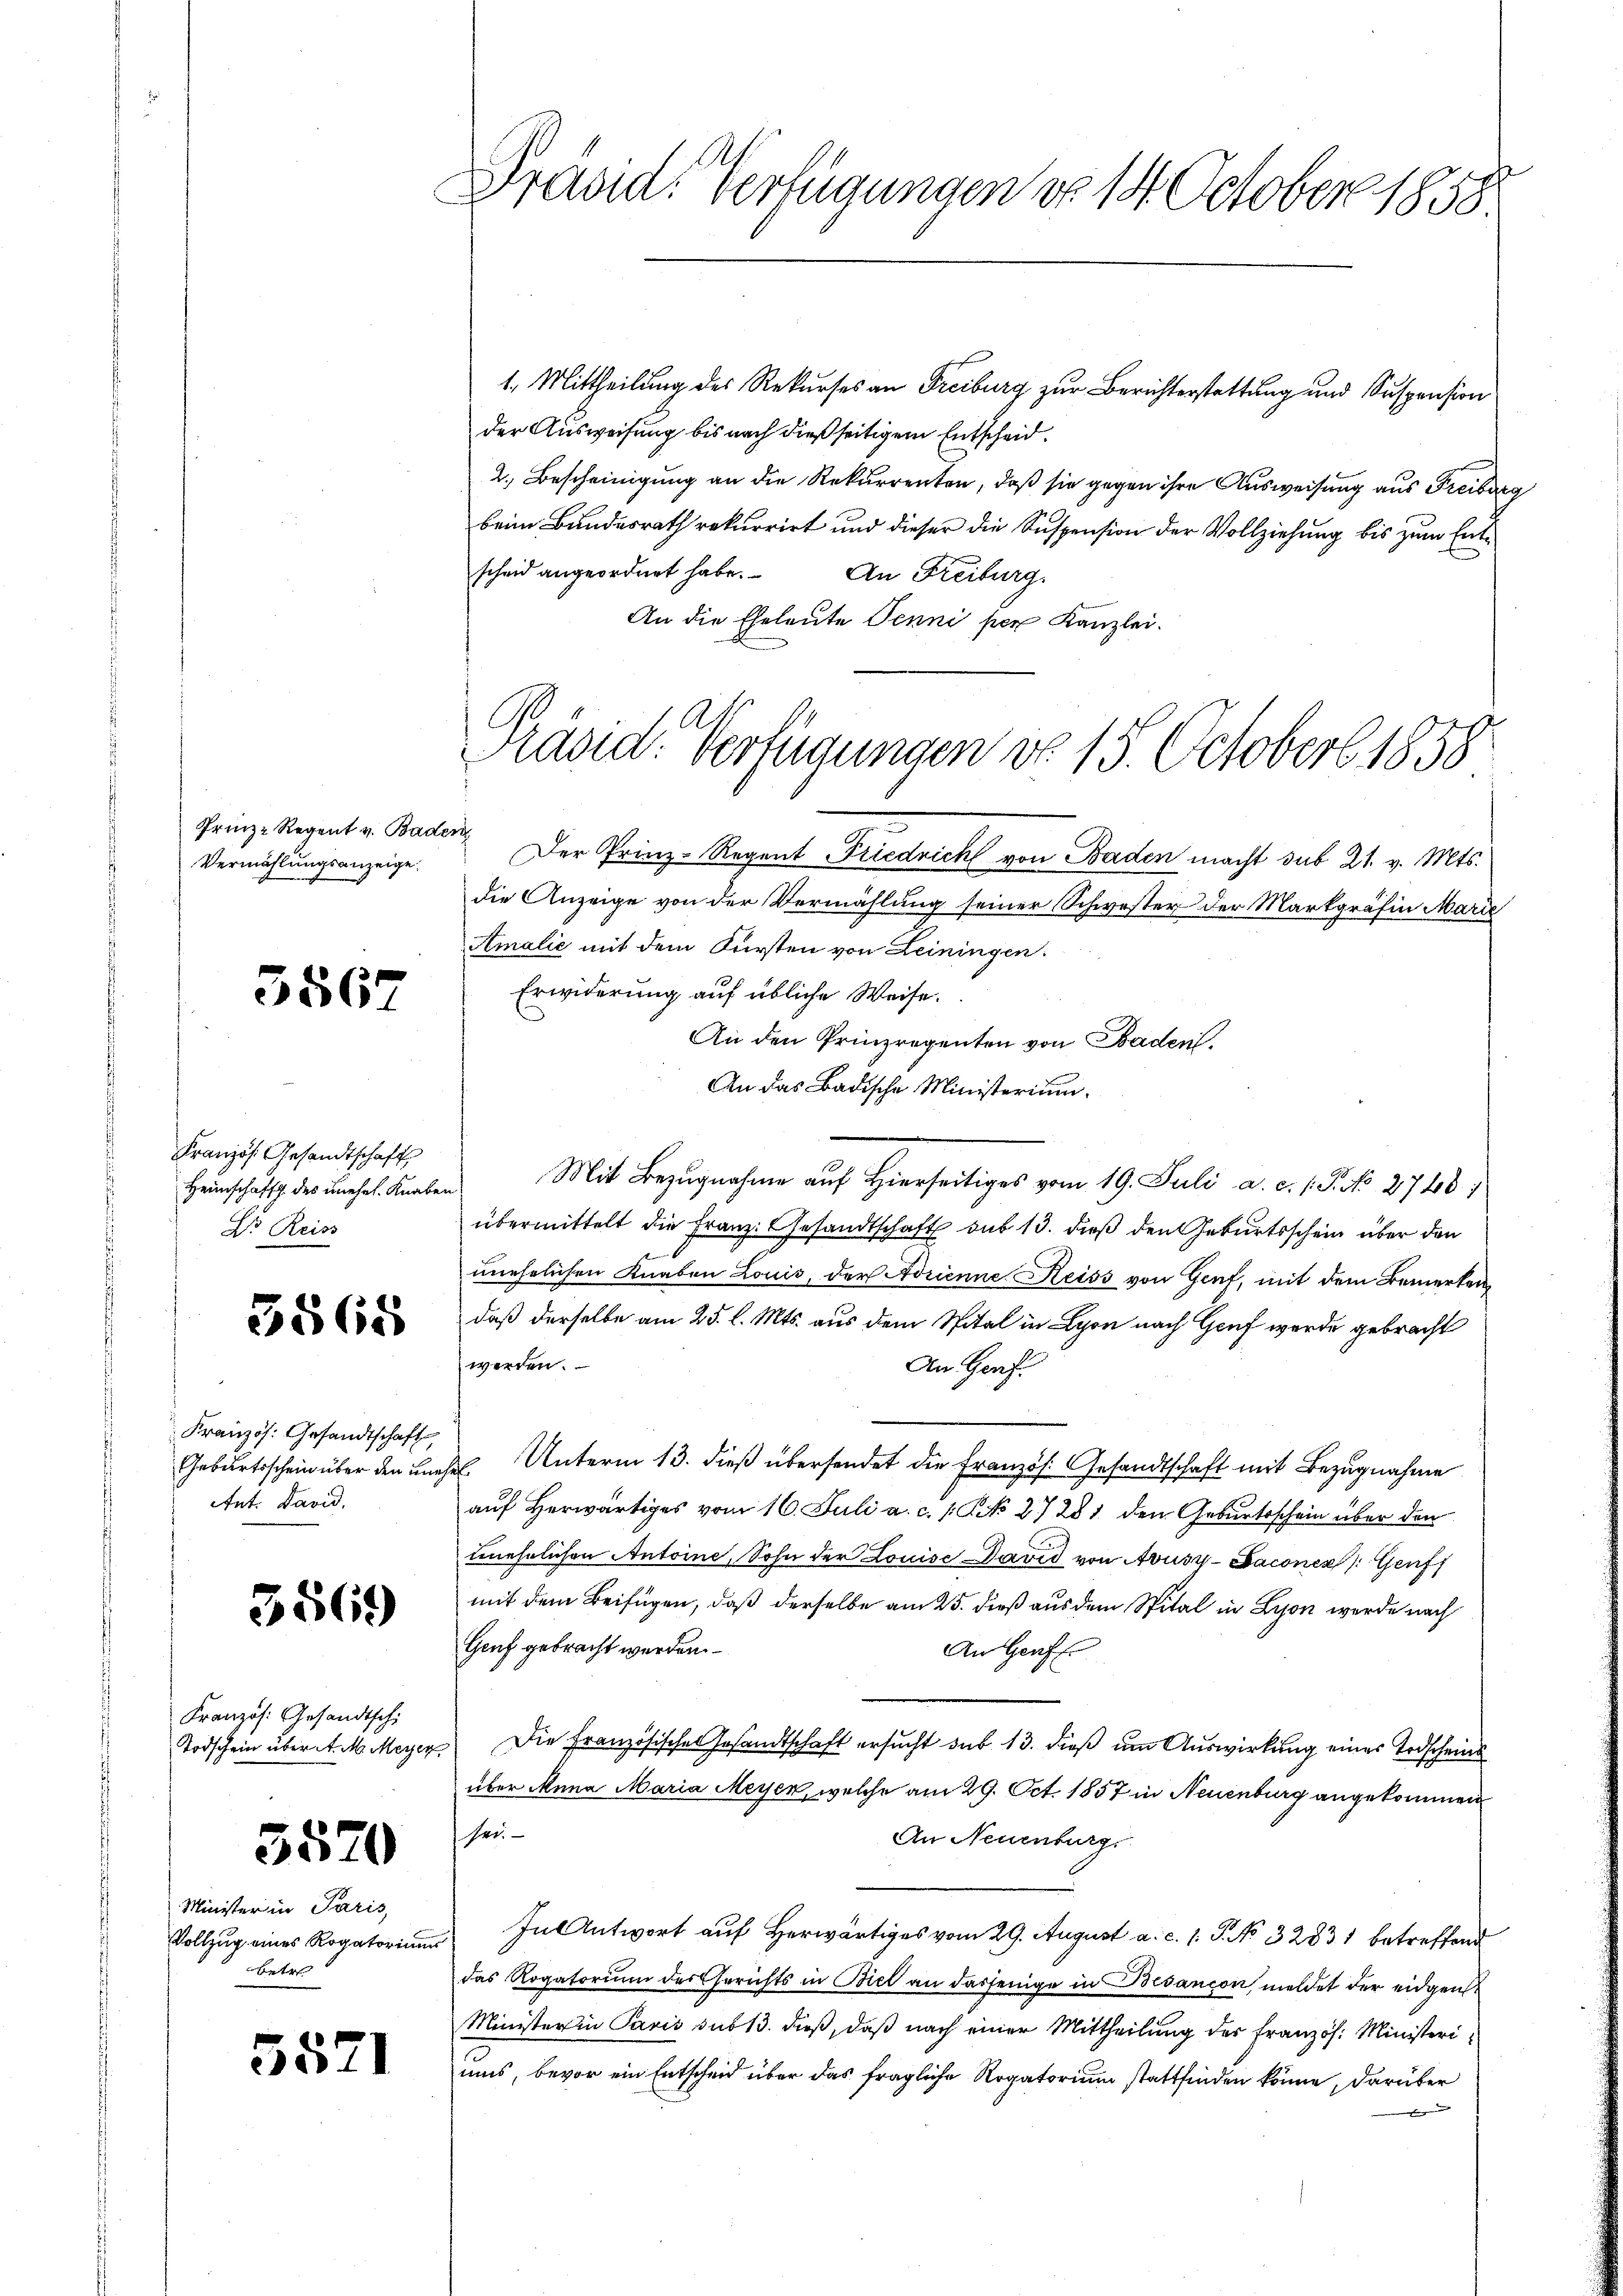
Prinz-Regent v. Bader
Vermählungsanzeige.

5567

Kranzös. Gesandtschaft
Heimschaft des unehel. Knabe
S Reiss

3868

Kranzös. Gesandtschaft
Geburtsschein über den un¬
Ant. David.

3569

Französ. Gesandtschi
Todschein über d. M. Meyer

3570

Minister in Paris,
Vollzug eines Rogatorium
betre

55

Brand. Verfügungen do 14. October 1858

Präsid. Verfügungen do 15. October 1858

1. Mittheilung des Rekurses an Freiburg zur Berichterstattung und Suspension
der Ausweisung bis nach dießseitigem Entscheid.
2. Bescheinigung an die Rekurrenten, daß sie gegen ihre Ausweisung aus Freiber
beim Bundesrath rekurrirt und dieser die Suspension der Vollziehung bis zum Entscheid angeordnet habe. An Freiburg
An die Eheleute Penni per Kanzlei.
och
Der Prinz-Regent Friedricht von Baden macht sub 21. v. Mts.
die Anzeige von der Vermählung seiner Schwester der Markgräfin Marie
Amalić mit dem Fürsten von Leiningen.
Erwiderung auf übliche Weise.
An den Prinzregenten von Baden.
An das Badische Ministerium
Mit Bezugnahme auf hierseitiges vom 19. Juli a. c. 1. P. No. 2740)
übermittelt die Franz. Gesandtschaft sub 13. dieß den Geburtsschein über den
unehelichen Knaben Louis, der Adrienne Heiss von Genf, mit dem Bemerken
daß derselbe am 25. l. Mts. aus dem Spital in Lyon nach Genf werde gebracht
werden.
An Genf
 Unterm 13. dieß übersendet die Französ. Gesandtschaft mit Bezugnahme
auf Herwärtiges vom 16. Juli a. c. 1. No 27281 den Geburtsschein über den
ehrlichen Antoine, Sohn der Louise David von Avusy-Lacones Genf
mit dem Beifügen, daß derselbe am 25. dieß aus dem Spital in Lyon werde nach
Gruf gebracht werden.
An Genf
Die Französisches Gesandtschaft ersucht sub 13. dieß um Auswirkung eines Todscheins
über Mena Maria Meyer, welche am 29. Oct. 1857 in Neuenburg angekommen
ser
An Neuenburg
In Antwort auf Herwärtiges vom 29. August a. c. s. S. No 32831 betreffend
das Rogatorium des Gerichts in Biel an dasjenige in Bedancon, meldet der eidgen
Minister in Paris sub 13. dieß, daß nach einer Mittheilung der Französ. Ministeriuns, bevor ein Entscheid über das fragliche Rogatorium stattfinden könne, darüber